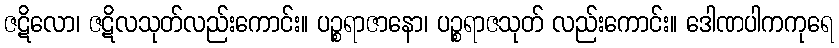
ဇဋိလော၊ ဇဋိလသုတ်လည်းကောင်း။ ပဉ္စရာဇာနော၊ ပဉ္စရာဇသုတ် လည်းကောင်း။ ဒေါဏပါကကုရေ